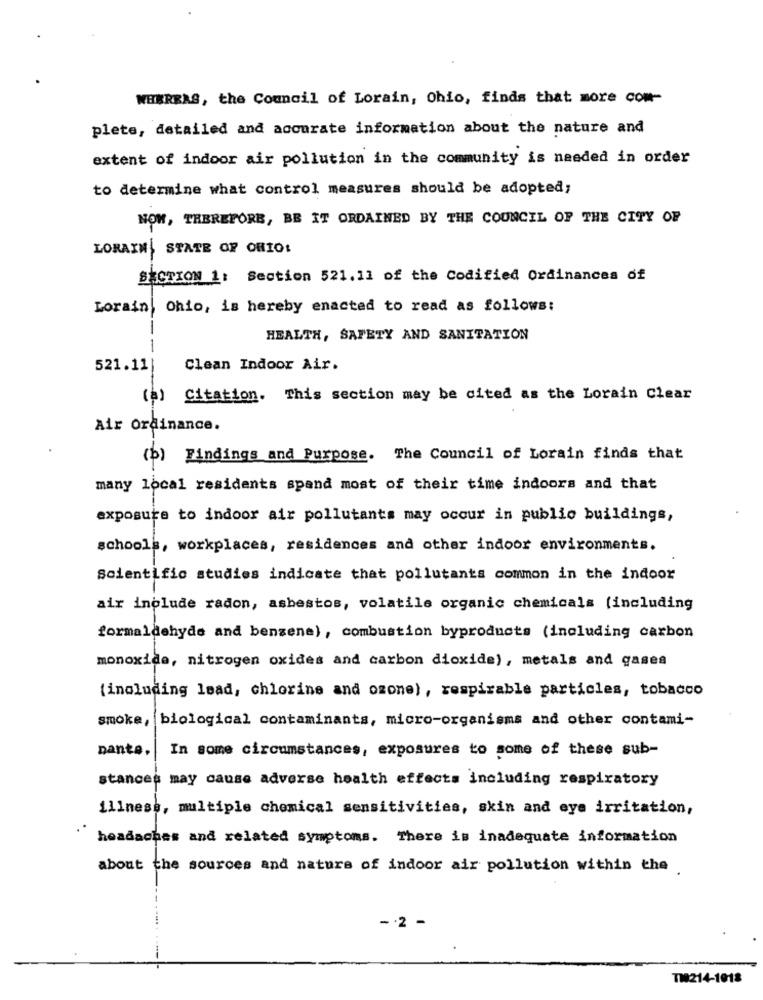
WHEREAS, the Council of Lorain, Ohio, finds that more com-
plete, detailed and accurate information about the nature and
extent of indoor air pollution in the community is needed in order
to determine what control measures should be adopted;
NOW, THEREFORE, BE IT ORDAINED BY THE COUNCIL OF THE CITY OF
LORAIN STATE OF ORIO!
SECTION 1: Section 521.11 of the Codified Ordinances of
Lorain, Ohio, is hereby enacted to read as follows:
HEALTH, SAFETY AND SANITATION
--
521.11|
Clean Indoor Air.
(a) Citation. This section may be cited as the Lorain Clear
Air Ordinance.
(b) Findings and Purpose. The Council of Lorain finds that
many local residents spand most of their time indoors and that
exposure to indoor air pollutants may occur in public buildings,
schools, workplaces, residences and other indoor environments.
Scientific studies indicate that pollutants common in the indoor
air include radon, asbestos, volatile organic chemicals (including
formaldehyde and benzene) , combustion byproducts (including carbon
monoxide, nitrogen oxides and carbon dioxide), metals and gases
(including lead, chlorine and ozone), respirable particles, tobacco
smoke, biological contaminants, micro-organisms and other contami-
Dante.
In some circumstances, exposures to some of these sub-
stances may cause adverse health effects including respiratory
illness, multiple chemical sensitivities, skin and eye irritation,
headaches and related symptoms. There is inadequate information
about the sources and nature of indoor air pollution within the
-2 -
TI214-1018